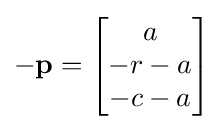
-\mathbf {p} ={\begin{bmatrix}a\\-r-a\\-c-a\end{bmatrix}}